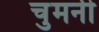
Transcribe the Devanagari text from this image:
चुमनी